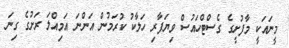
މީނައަކީ މާފުށީގެ ގެސްޓްހައުސް ވިޔަފާރި ހަލާކު ކުރަމުން އަންނަ އަމިއްލަ ރަށުގެ ގިނަ